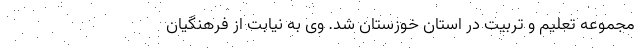
مجموعه تعلیم و تربیت در استان خوزستان شد. وی به نیابت از فرهنگیان